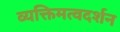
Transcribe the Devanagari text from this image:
व्यक्तिमत्वदर्शन